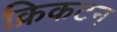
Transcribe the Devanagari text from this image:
क्रिकटन